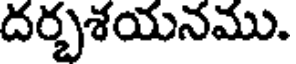
దర్భశయనము.